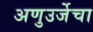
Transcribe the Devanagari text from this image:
अणुउर्जेचा